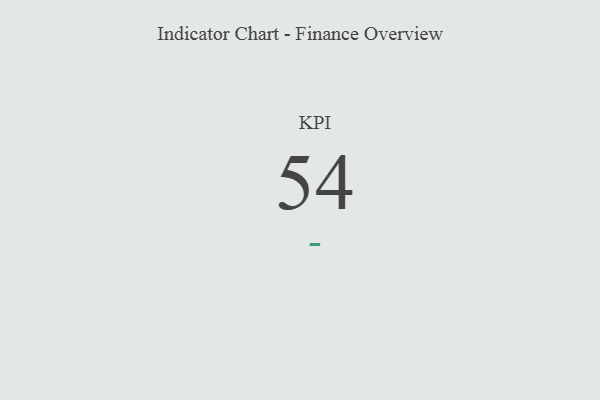
{"axis": {"x": "KPI", "y": "Value"}, "legend": [""], "data": [{"x": "KPI", "y": 54, "type": ""}]}